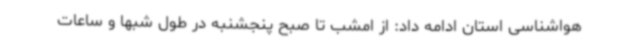
هواشناسی استان ادامه داد: از امشب تا صبح پنجشنبه در طول شبها و ساعات